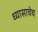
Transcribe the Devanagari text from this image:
ध्यासाचेच